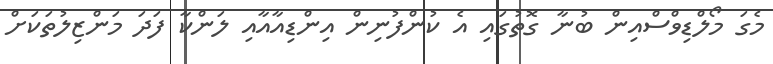
މެގަ މޯލްޑިވްސްއިން ބުނާ ގޮތުގައި އެ ކުންފުނިން އިންޑިއާއާއި ލަންކާ ފަދަ މަންޒިލުތަކަށް